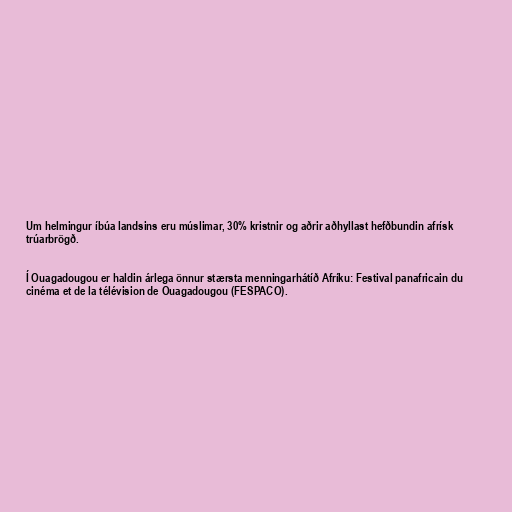
Um helmingur íbúa landsins eru múslimar, 30% kristnir og aðrir aðhyllast hefðbundin afrísk
trúarbrögð.

Í Ouagadougou er haldin árlega önnur stærsta menningarhátíð Afríku: Festival panafricain du
cinéma et de la télévision de Ouagadougou (FESPACO).